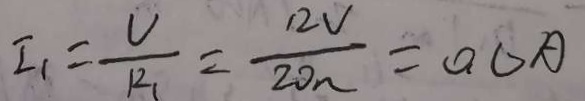
I _ { 1 } = \frac { U } { R _ { 2 } } = \frac { 1 2 V } { 2 0 \Omega } = 0 . 6 A